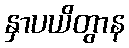
နှာပယိတွာန